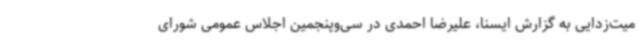
میت‌زدایی به گزارش ایسنا، علیرضا احمدی در سی‌وپنجمین اجلاس عمومی شورای